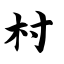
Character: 村